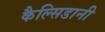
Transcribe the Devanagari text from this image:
कैल्सिडानी